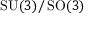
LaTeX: \operatorname { S U } ( 3 ) / \operatorname { S O } ( 3 )